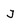
Character: j